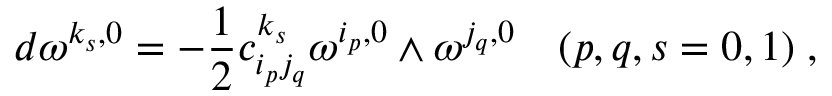
d \omega ^ { k _ { s } , 0 } = - \frac { 1 } { 2 } c _ { i _ { p } j _ { q } } ^ { k _ { s } } \omega ^ { i _ { p } , 0 } \wedge \omega ^ { j _ { q } , 0 } \quad ( p , q , s = 0 , 1 ) \; ,